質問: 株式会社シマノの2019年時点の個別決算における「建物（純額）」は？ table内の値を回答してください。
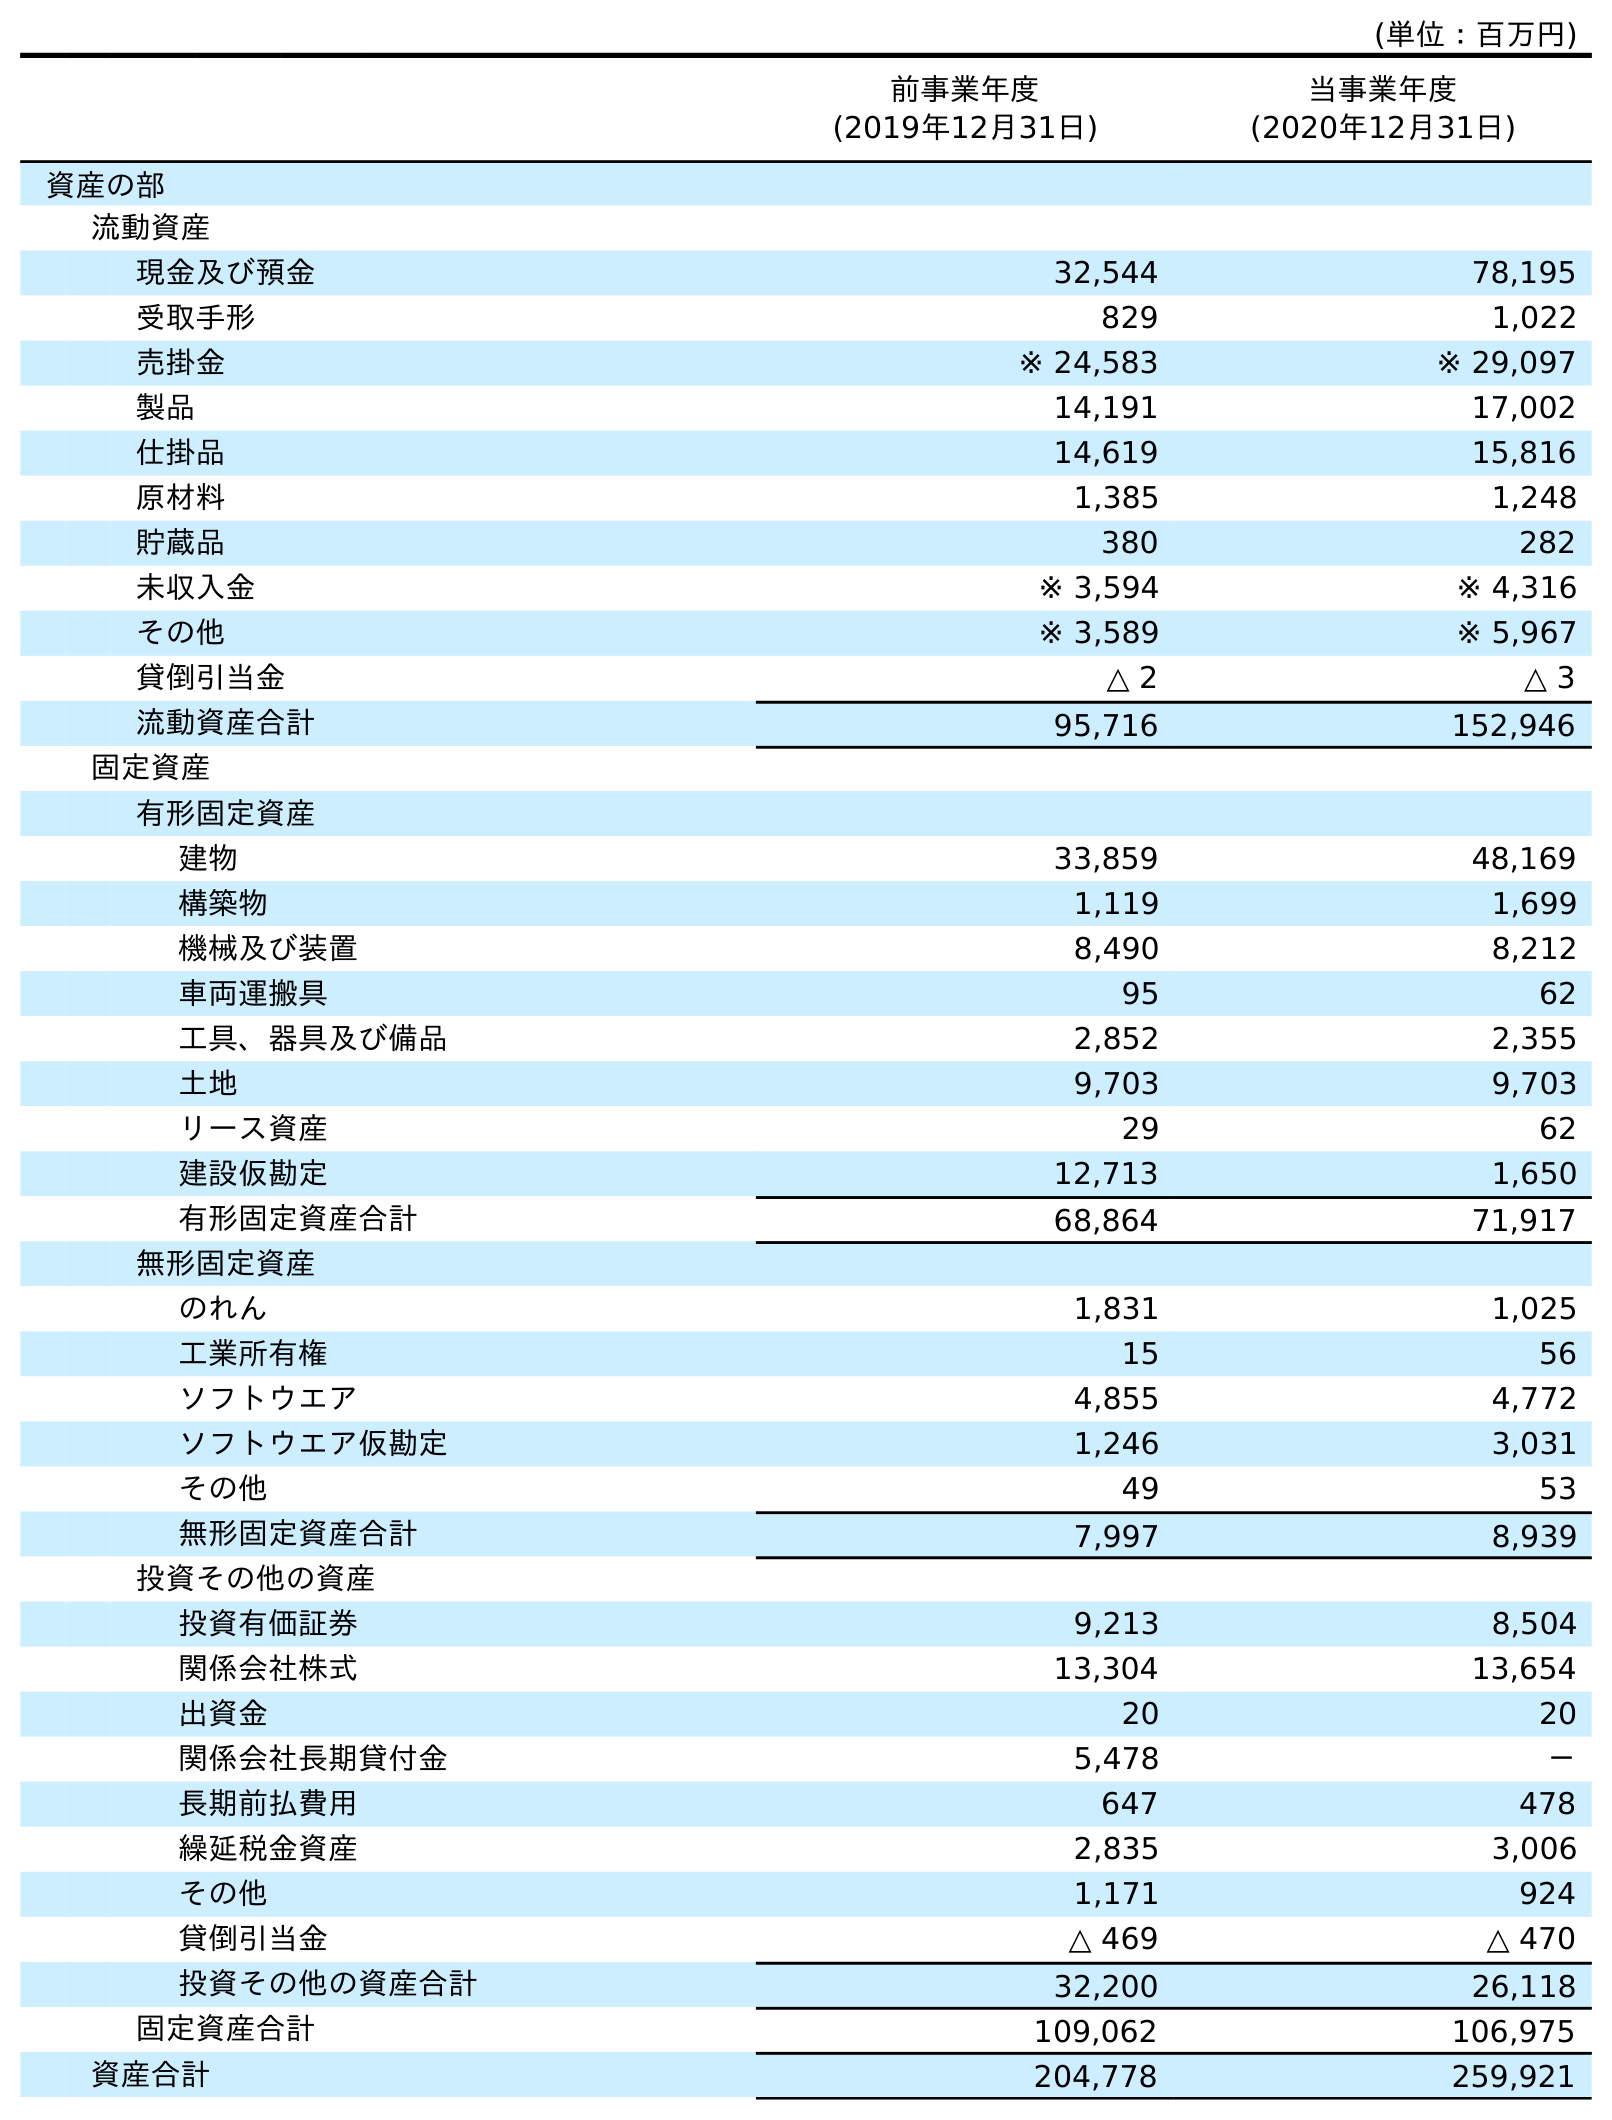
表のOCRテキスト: (単位：百万円) 前事業年度 (2019年12月31日) 当事業年度 (2020年12月31日) 資産の部 流動資産 現金及び預金 32,544 78,195 受取手形 829 1,022 売掛金 ※ 24,583 ※ 29,097 製品 14,191 17,002 仕掛品 14,619 15,816 原材料 1,385 1,248 貯蔵品 380 282 未収入金 ※ 3,594 ※ 4,316 その他 ※ 3,589 ※ 5,967 貸倒引当金 △ 2 △ 3 流動資産合計 95,716 152,946 固定資産 有形固定資産 建物 33,859 48,169 構築物 1,119 1,699 機械及び装置 8,490 8,212 車両運搬具 95 62 工具、器具及び備品 2,852 2,355 土地 9,703 9,703 リース資産 29 62 建設仮勘定 12,713 1,650 有形固定資産合計 68,864 71,917 無形固定資産 のれん 1,831 1,025 工業所有権 15 56 ソフトウエア 4,855 4,772 ソフトウエア仮勘定 1,246 3,031 その他 49 53 無形固定資産合計 7,997 8,939 投資その他の資産 投資有価証券 9,213 8,504 関係会社株式 13,304 13,654 出資金 20 20 関係会社長期貸付金 5,478 － 長期前払費用 647 478 繰延税金資産 2,835 3,006 その他 1,171 924 貸倒引当金 △ 469 △ 470 投資その他の資産合計 32,200 26,118 固定資産合計 109,062 106,975 資産合計 204,778 259,921
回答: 33,859